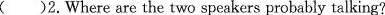
()2.Where are the two speakers probably talking?